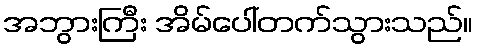
အဘွားကြီး အိမ်ပေါ်တက်သွားသည်။